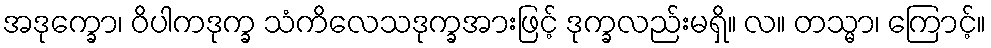
အဒုက္ခော၊ ဝိပါကဒုက္ခ သံကိလေသဒုက္ခအားဖြင့် ဒုက္ခလည်းမရှိ။ လ။ တသ္မာ၊ ကြောင့်။